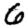
Digit: 6